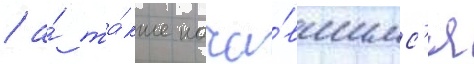
/ а́ та́кже нача́вшимс'я